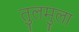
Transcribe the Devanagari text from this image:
तुलमुला